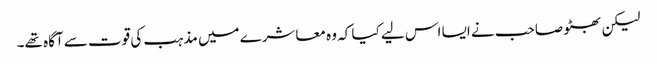
لیکن بھٹو صاحب نے ایسا اس لیے کیا کہ وہ معاشرے میں مذہب کی قوت سے آگاہ تھے۔